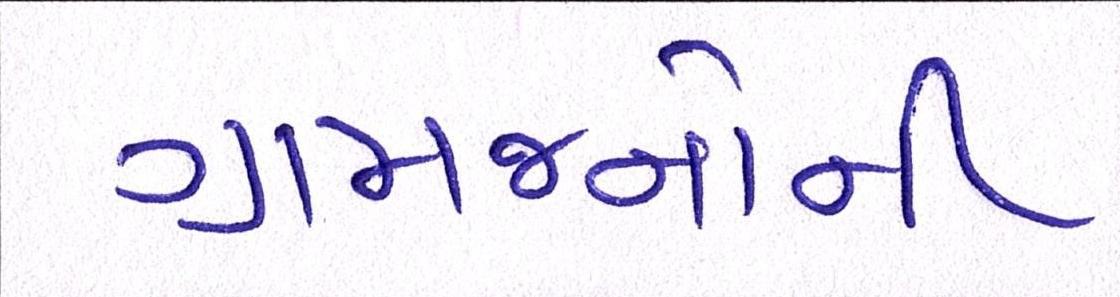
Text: ગ્રામજનોની